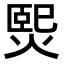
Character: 𤌇